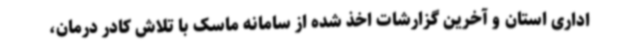
اداری استان و آخرین گزارشات اخذ شده از سامانه ماسک با تلاش کادر درمان،